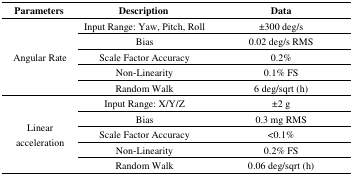
| Parameters | Description | Data |
 | --- | --- | --- |
 | <ROWSPAN=5> Angular Rate | Input Range: Yaw, Pitch, Roll | ±300 deg/s |
 | Bias | 0.02 deg/s RMS |
 | Scale Factor Accuracy | 0.2% |
 | Non-Linearity | 0.1% FS |
 | Random Walk | 6 deg/sqrt (h) |
 | <ROWSPAN=5> Linear acceleration | Input Range: X/Y/Z | ±2 g |
 | Bias | 0.3 mg RMS |
 | Scale Factor Accuracy | <0.1% |
 | Non-Linearity | 0.2% FS |
 | Random Walk | 0.06 deg/sqrt (h) |